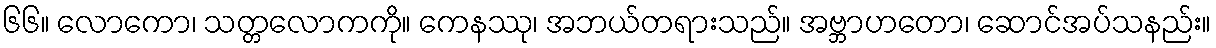
၆၆။ လောကော၊ သတ္တလောကကို။ ကေနဿု၊ အဘယ်တရားသည်။ အဗ္ဘာဟတော၊ ဆောင်အပ်သနည်း။